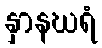
နှာနဃရံ